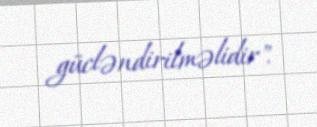
gücləndirilməlidir".